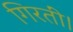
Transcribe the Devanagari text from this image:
गिरतीं।